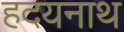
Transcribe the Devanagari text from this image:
हदयनाथ